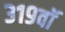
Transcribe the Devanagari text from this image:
३१९वॉ